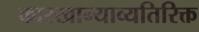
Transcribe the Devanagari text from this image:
कारखान्याव्यतिरिक्त